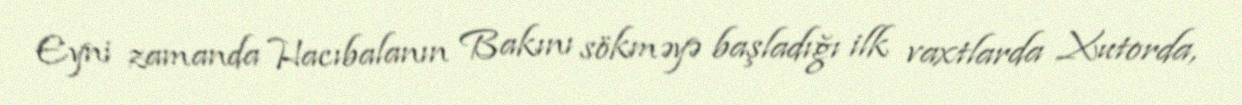
Eyni zamanda Hacıbalanın Bakını sökməyə başladığı ilk vaxtlarda Xutorda,